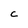
Character: C